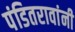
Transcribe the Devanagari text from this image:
पंडितरावांनी